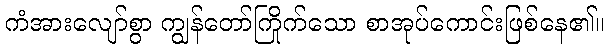
ကံအားလျော်စွာ ကျွန်တော်ကြိုက်သော စာအုပ်ကောင်းဖြစ်နေ၏။